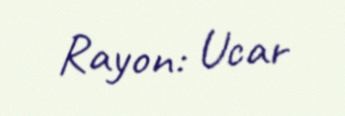
Rayon: Ucar